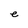
Character: e